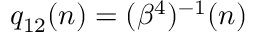
q _ { 1 2 } ( n ) = ( \beta ^ { 4 } ) ^ { - 1 } ( n )